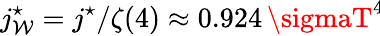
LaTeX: j_{\mathcal{W}}^{\star}=j^{\star}/\zeta(4)\approx0.924\, \sigmaT^{4}\!